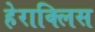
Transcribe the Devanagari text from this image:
हेराक्लिस